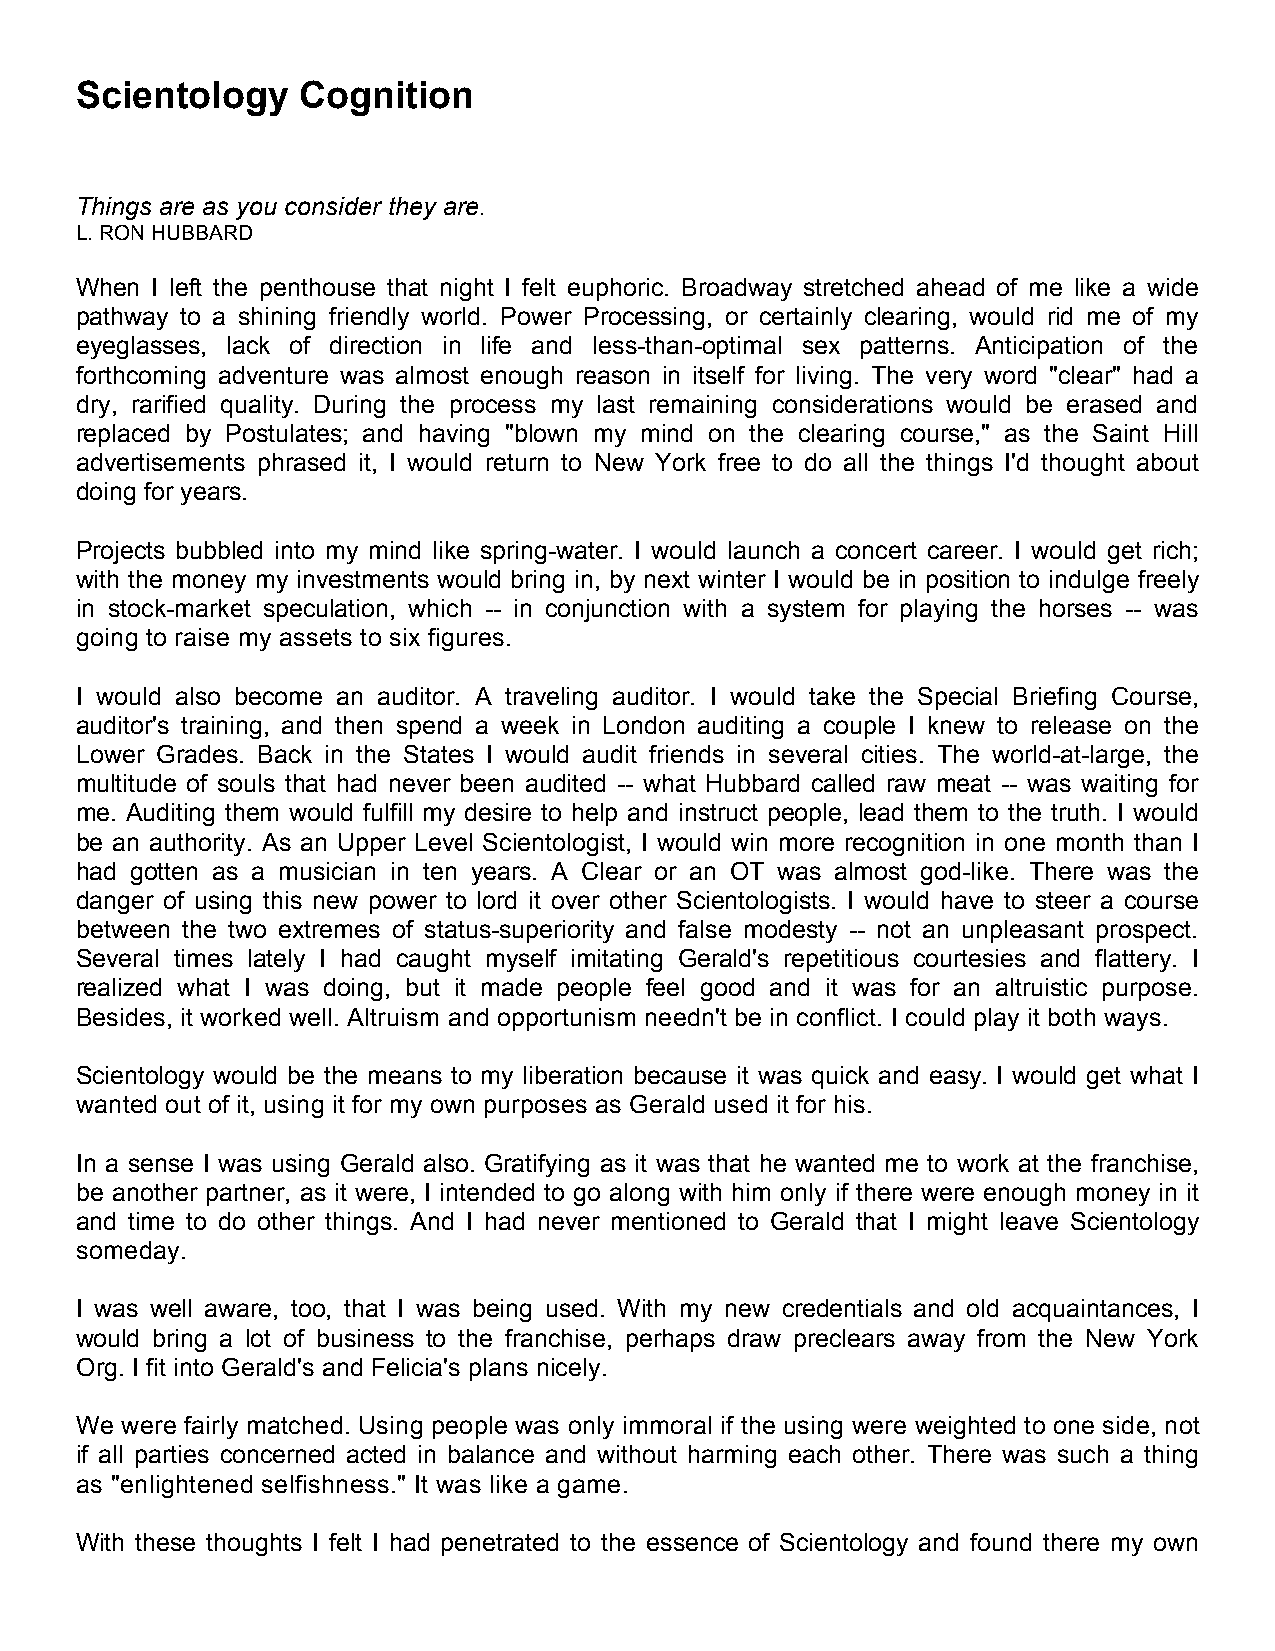
Scientology    Cognition
 Things are as you consider they are.
 L. RON HUBBARD
 When I left the penthouse that night I felt euphoric. Broadway stretched ahead of me like a wide
 pathway to a shining friendly world. Power Processing, or certainly clearing, would rid me of my
 eyeglasses, lack of direction in life and less-than-optimal sex patterns. Anticipation of the
 forthcoming adventure was almost enough reason in itself for living. The very word "clear" had a
 dry, rarified quality. During the process my last remaining considerations would be erased and
 replaced by Postulates; and having "blown my mind on the clearing course," as the Saint Hill
 advertisements phrased it, I would return to New York free to do all the things I'd thought about
 doing for years.
 Projects bubbled into my mind like spring-water. I would launch a concert career. I would get rich;
 with the money my investments would bring in, by next winter I would be in position to indulge freely
 in stock-market speculation, which -- in conjunction with a system for playing the horses -- was
 going to raise my assets to six figures.
 I would also become an auditor. A traveling auditor. I would take the Special Briefing Course,
 auditor's training, and then spend a week in London auditing a couple I knew to release on the
 Lower Grades. Back in the States I would audit friends in several cities. The world-at-large, the
 multitude of souls that had never been audited -- what Hubbard called raw meat -- was waiting for
 me. Auditing them would fulfill my desire to help and instruct people, lead them to the truth. I would
 be an authority. As an Upper Level Scientologist, I would win more recognition in one month than I
 had gotten as a musician in ten years. A Clear or an OT was almost god-like. There was the
 danger of using this new power to lord it over other Scientologists. I would have to steer a course
 between the two extremes of status-superiority and false modesty -- not an unpleasant prospect.
 Several times lately I had caught myself imitating Gerald's repetitious courtesies and flattery. I
 realized what I was doing, but it made people feel good and it was for an altruistic purpose.
 Besides, it worked well. Altruism and opportunism needn't be in conflict. I could play it both ways.
 Scientology would be the means to my liberation because it was quick and easy. I would get what I
 wanted out of it, using it for my own purposes as Gerald used it for his.
 In a sense I was using Gerald also. Gratifying as it was that he wanted me to work at the franchise,
 be another partner, as it were, I intended to go along with him only if there were enough money in it
 and time to do other things. And I had never mentioned to Gerald that I might leave Scientology
 someday.
 I was well aware, too, that I was being used. With my new credentials and old acquaintances, I
 would bring a lot of business to the franchise, perhaps draw preclears away from the New York
 Org. I fit into Gerald's and Felicia's plans nicely.
 We were fairly matched. Using people was only immoral if the using were weighted to one side, not
 if all parties concerned acted in balance and without harming each other. There was such a thing
 as "enlightened selfishness." It was like a game.
 With these thoughts I felt I had penetrated to the essence of Scientology and found there my own